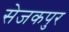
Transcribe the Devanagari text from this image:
सेजकपुर